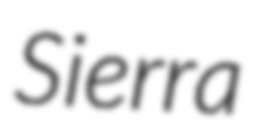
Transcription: Sierra